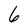
Character: 6